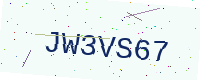
Text: JW3VS67